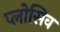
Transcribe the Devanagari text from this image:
प्लोसिव